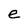
Character: e